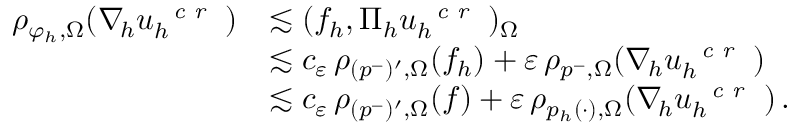
\begin{array} { r l } { \rho _ { \varphi _ { h } , \Omega } ( \nabla _ { \! h } u _ { h } ^ { \textit { \textrm { c r } } } ) } & { \lesssim ( f _ { h } , \Pi _ { h } u _ { h } ^ { \textit { \textrm { c r } } } ) _ { \Omega } } \\ & { \lesssim c _ { \varepsilon } \, \rho _ { ( p ^ { - } ) ^ { \prime } , \Omega } ( f _ { h } ) + \varepsilon \, \rho _ { p ^ { - } , \Omega } ( \nabla _ { \! h } u _ { h } ^ { \textit { \textrm { c r } } } ) } \\ & { \lesssim c _ { \varepsilon } \, \rho _ { ( p ^ { - } ) ^ { \prime } , \Omega } ( f ) + \varepsilon \, \rho _ { p _ { h } ( \cdot ) , \Omega } ( \nabla _ { \! h } u _ { h } ^ { \textit { \textrm { c r } } } ) \, . } \end{array}